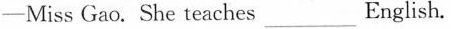
-Miss Gao. She teaches___ English.